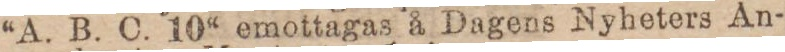
“A. B. C. 10“ emottagas å Dagens Nyheters An-